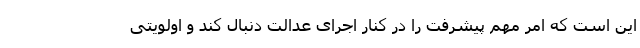
این است که امر مهم پیشرفت را در کنار اجرای عدالت دنبال کند و اولویتی